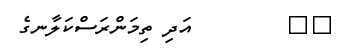
٥١        އަދި ތިމަންރަސްކަލާނގެ